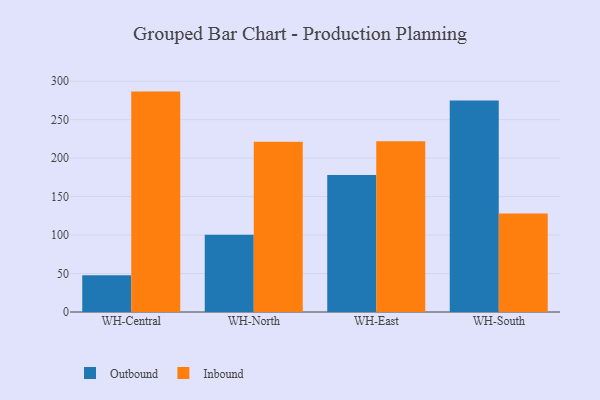
{"axis": {"x": "Warehouse", "y": "Population (Million)"}, "legend": ["Inbound", "Outbound"], "data": [{"x": "WH-Central", "y": 47.7, "type": "Outbound"}, {"x": "WH-Central", "y": 286.5, "type": "Inbound"}, {"x": "WH-North", "y": 100.4, "type": "Outbound"}, {"x": "WH-North", "y": 221.3, "type": "Inbound"}, {"x": "WH-East", "y": 178.2, "type": "Outbound"}, {"x": "WH-East", "y": 222.0, "type": "Inbound"}, {"x": "WH-South", "y": 274.8, "type": "Outbound"}, {"x": "WH-South", "y": 127.9, "type": "Inbound"}]}